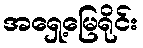
အရှေ့မြေရိုင်း